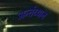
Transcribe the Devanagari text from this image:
अर्न्‍तध्‍यान